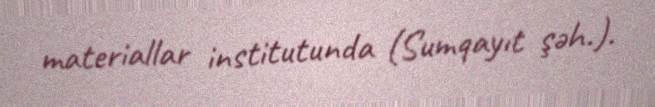
materiallar institutunda (Sumqayıt şəh.).